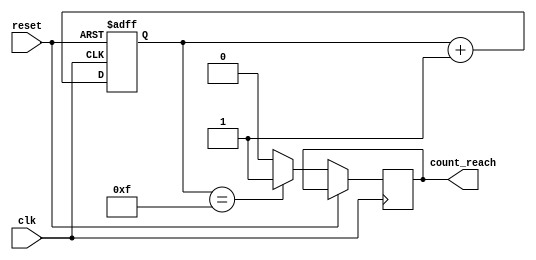
`timescale 1ns/1ps
// A counter that starts counting from an activation of a signal, and sends out
// an enable signal to the output DFF
module counter(
    input reset,
    input clk,
    output reg count_reach
);
    reg [3 : 0] count;

	initial begin
		count_reach <= 1'b0;
		count <= 4'b0000;
	end

   always @(posedge clk, posedge reset) begin
		
		if(reset == 1'b1) begin
			count <= 0;
		end
		else begin
			count <= count + 1;
	                if (count == 4'b1111) begin
        	                count_reach <= 1'b1;
	                end
        	        else begin
                	        count_reach <= 1'b0;
                	end

		end
		
		//count <= reset == 1 ? 1'b0 : count + 1;
		//if (count == 4'b1111) begin
		//	count_reach <= 1'b1;
		//	count_reach <= reset == 1 ? 1'b0: 1'b1;
		//end
		//else begin
		//	count_reach <= 1'b0;
		//end
   end

endmodule